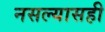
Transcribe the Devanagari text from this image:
नसल्यासही